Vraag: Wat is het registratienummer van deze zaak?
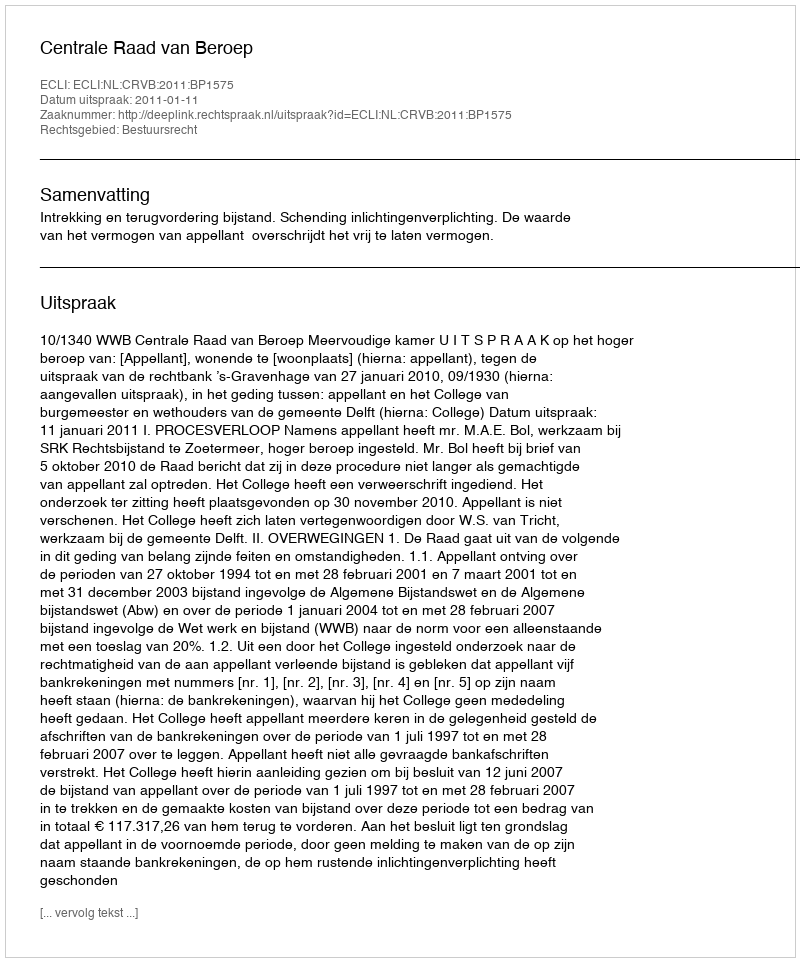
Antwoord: http://deeplink.rechtspraak.nl/uitspraak?id=ECLI:NL:CRVB:2011:BP1575